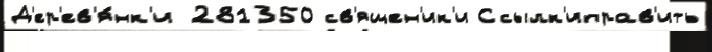
Д'ер'ев'я́нк'и 281350 св'ящен'ик'и Ссылк'иправ'ить